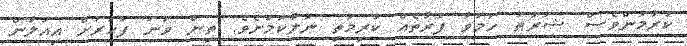
ކުރުމުންވެސް ޝަރުޠު ހަމަވާ ފަރާތެއް ކުރިމަތި ނުލާކަމަށެވެ. ތިން ވަނަ ފަހަރަށް އިއުލާން